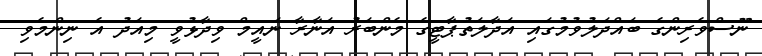
ނޫސްވެރިންގެ ބައްދަލުވުމުގައި އަދާލަތުޕާޓީގެ މެންބަރު އަނާރާ ނައީމް ވިދާޅުވީ މިއަދު އެ ނިންމެވި